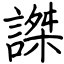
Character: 謋